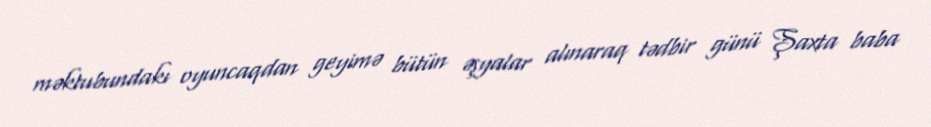
məktubundakı oyuncaqdan geyimə bütün əşyalar alınaraq tədbir günü Şaxta baba